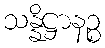
သန္နိဋ္ဌာနဉ္စ